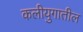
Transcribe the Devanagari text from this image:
कलीयुगातील